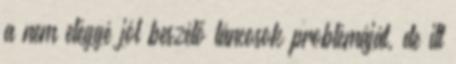
a nem eléggé jól beszélő táncosok problémáját, de itt